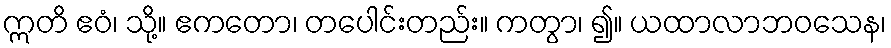
ဣတိ ဧဝံ၊ သို့။ ဧကတော၊ တပေါင်းတည်း။ ကတွာ၊ ၍။ ယထာလာဘဝသေန၊